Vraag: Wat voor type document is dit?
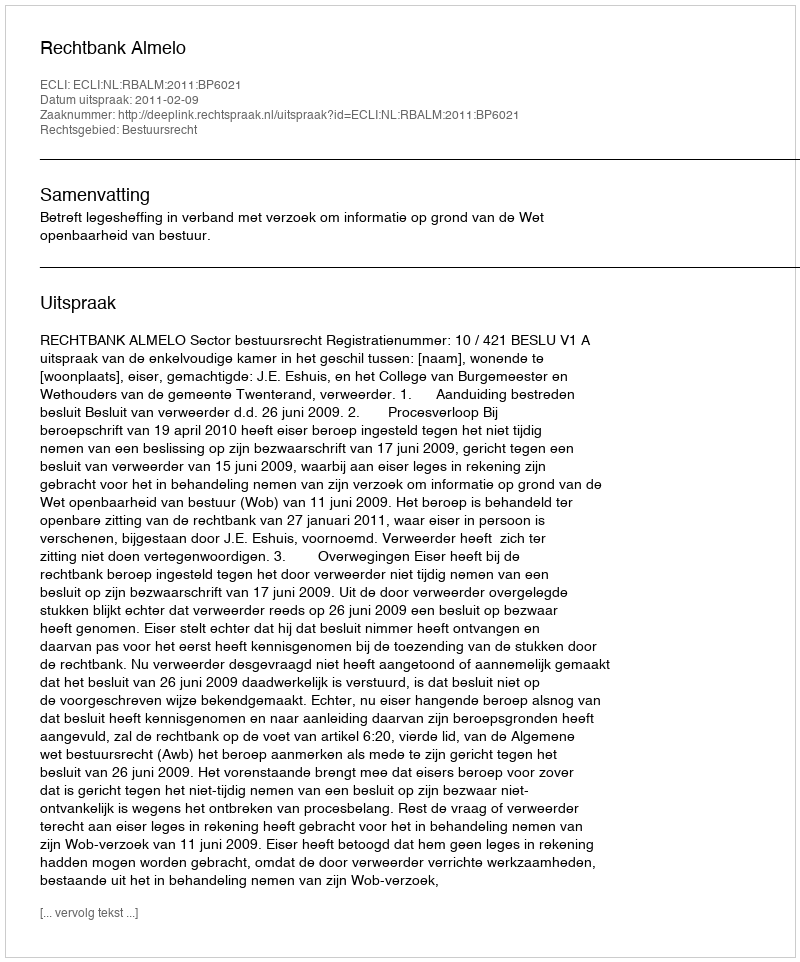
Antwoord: Uitspraak